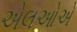
એલઓએ